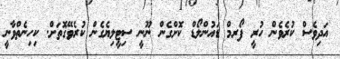
އަދިވެސް ކުރެވެން ހުރީ ފޯރމް ޑައުންލޯޑް ކޮށްގެން ނޫނީ ސިޓީލިޔެގެން ކުރެވޭގޮތަށް. ކިހިނެތްވާނީ